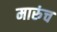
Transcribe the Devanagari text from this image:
मारुंच